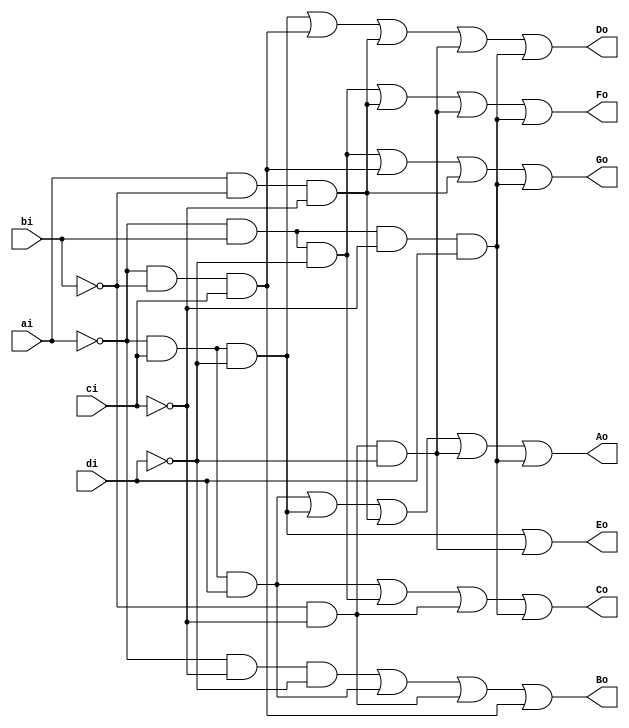
`timescale 1ns / 1ps
//////////////////////////////////////////////////////////////////////////////////
// Company: 
// 
// Design Name: 
// Module Name:    deco7seg 
// Project Name: 
// Target Devices: 
// Tool versions: 
// Description: 
//
// Dependencies: 
//
// Revision: 
// Revision 0.01 - File Created
// Additional Comments: 
//
//////////////////////////////////////////////////////////////////////////////////
module deco7seg(ai,bi,ci,di,Ao,Bo,Co,Do,Eo,Fo,Go);

input ai,bi,ci,di;
output wire Ao,Bo,Co,Do,Eo,Fo,Go;

assign Ao=(((~ai)&(ci)&(di))|((~ai)&(ci)&(~di))|((ai)&(~bi)&(~ci))|((~bi)&(~ci)&(~di))|((~ai)&(bi)&(~ci)&(di)));
//F0 = A' C D + A' C D' + A B' C'  + B' C' D' + A' B C' D;

assign Bo=(((~ai)&(~ci)&(~di))|((~ai)&(ci)&(di))|((~bi)&(~ci))|((~ai)&(~bi)&(ci)));
//F1 = A' C' D' + A' C D + B' C'  + A' B' C ;

assign Co=(((~ai)&(ci)&(di))|((~ai)&(bi)&(~di))|((~bi)&(~ci))|((~ai)&(bi)&(~ci)&(di)));
//F2 = A' C D + A' B D' + B' C'  + A' B C' D;

assign Do=(((~ai)&(ci)&(~di))|((~ai)&(~bi)&(ci))|((ai)&(~bi)&(~ci))|((~bi)&(~ci)&(~di))|((~ai)&(bi)&(~ci)&(di)));
//F3 = A' C D' + A' B' C  + A B' C'  + B' C' D' + A' B C' D;

assign Eo=((((~ai)&(ci)&(~di))|((~bi)&(~ci)&(~di))));
//F4 = A' C D' + B' C' D';

assign Fo=((~ai)&(bi)&(~di))|((ai)&(~bi)&(~ci))|((~bi)&(~ci)&(~di))|((~ai)&(bi)&(~ci)&(di));
//F5 = A' B D' + A B' C'  + B' C' D' + A' B C' D;

assign Go=((~ai)&(bi)&(~di))|((~ai)&(~bi)&(ci))|((ai)&(~bi)&(~ci))|((~ai)&(bi)&(~ci)&(di));
//F6 = A' B D' + A' B' C  + A B' C'  + A' B C' D;

endmodule